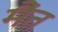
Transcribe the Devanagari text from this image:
मैंत